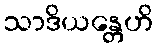
သာဒိယန္တေဟိ